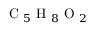
\textrm { C } _ { 5 } \textrm { H } _ { 8 } \textrm { O } _ { 2 }